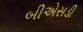
બીએસડી